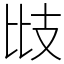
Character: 㩺